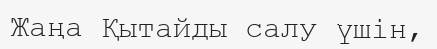
Жаңа Қытайды салу үшін,